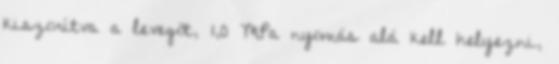
kiszorítva a levegõt, 1,0 MPa nyomás alá kell helyezni,